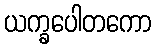
ယက္ခပေါတကော